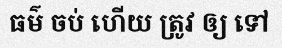
ធម៌ ចប់ ហើយ ត្រូវ ឲ្យ ទៅ